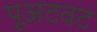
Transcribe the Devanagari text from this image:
पूअटवट